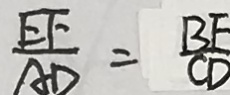
\frac { E F } { A D } = \frac { B E } { C D }